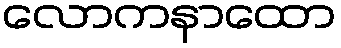
လောကနာထော